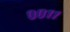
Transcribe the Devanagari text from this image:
००११